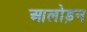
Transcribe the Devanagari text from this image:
आलोड़न